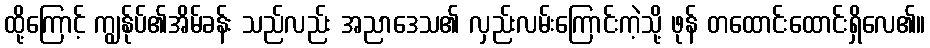
ထို့ကြောင့် ကျွန်ုပ်၏အိမ်ခန်း သည်လည်း အညာဒေသ၏ လှည်းလမ်းကြောင်းကဲ့သို့ ဖုန် တထောင်းထောင်းရှိလေ၏။